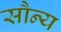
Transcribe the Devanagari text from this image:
सौन्य